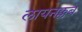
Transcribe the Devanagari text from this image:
लायनक्लब